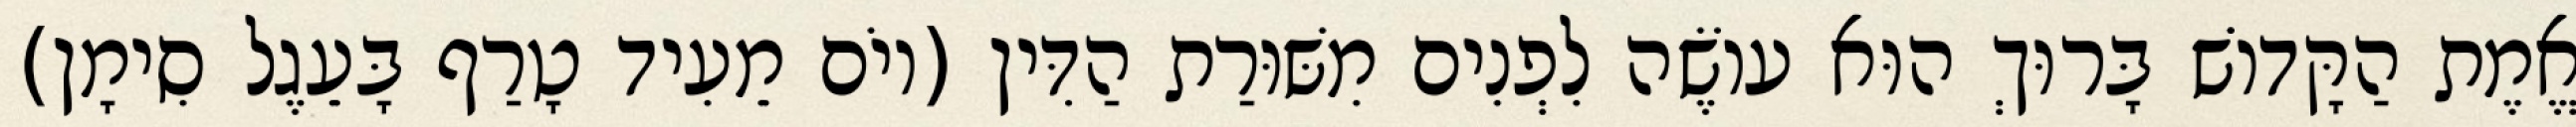
אֱמֶת הַקָּדוֹשׁ בָּרוּךְ הוּא עוֹשֶׂה לִפְנִים מִשּׁוּרַת הַדִּין (יוֹם מֵעִיד טָרַף בָּעֵגֶל סִימָן)